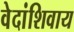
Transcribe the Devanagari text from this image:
वेदांशिवाय